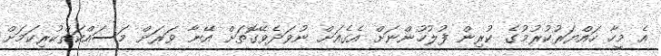
އެ މީހާ ހައްޔަރުކުރުމުގެ ކުރިން ފުލުހުންނަށް އެގެއަށް ނުވަދެވޭގޮތަށް އޭނާ ވަރަށް މަސައްކަތްކުރިކަމަށް